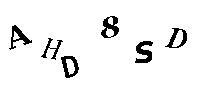
AHD8SD